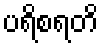
ပရိစရတိ